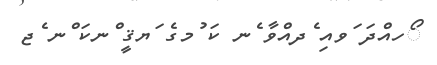
ޯހއްދަ ަވއި ެދއްވާ ެނ ކަ ުމގެ ަޔޤީ ްނކަ ްނ ެޖ